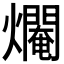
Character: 𤑷